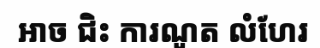
អាច ជិះ ការណូត លំហែរ